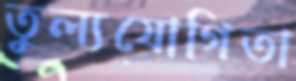
তুল্যযোগিতা